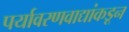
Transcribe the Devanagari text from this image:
पर्यावरणवाद्यांकडून